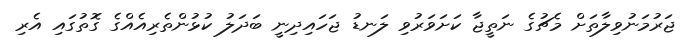
ޖަރުމަނުވިލާތަށް މެޗުގެ ނަތީޖާ ކަށަވަރުވި ލަނޑު ޖަހައިދިނީ ބަދަލު ކުޅުންތެރިއެއްގެ ގޮތުގައި އެރި